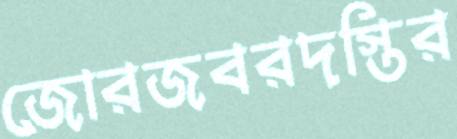
জোরজবরদস্তির